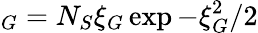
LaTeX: _G=N_{S}\xi_{G}\exp{-\xi_{G}^{2}/2}